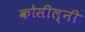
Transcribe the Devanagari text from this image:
कोसील्नी